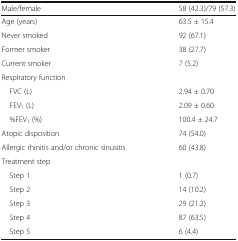
<table><thead><tr><td><b>Male/female</b></td><td><b>58 (42.3)/79 (57.3)</b></td></tr></thead><tbody><tr><td>Age (years)</td><td>63.5 ± 15.4</td></tr><tr><td>Never smoked</td><td>92 (67.1)</td></tr><tr><td>Former smoker</td><td>38 (27.7)</td></tr><tr><td>Current smoker</td><td>7 (5.2)</td></tr><tr><td colspan="2">Respiratory function</td></tr><tr><td> FVC (L)</td><td>2.94 ± 0.70</td></tr><tr><td> FEV<sub>1</sub> (L)</td><td>2.09 ± 0.60</td></tr><tr><td> %FEV<sub>1</sub> (%)</td><td>100.4 ± 24.7</td></tr><tr><td>Atopic disposition</td><td>74 (54.0)</td></tr><tr><td>Allergic rhinitis and/or chronic sinusitis</td><td>60 (43.8)</td></tr><tr><td colspan="2">Treatment step</td></tr><tr><td> Step 1</td><td>1 (0.7)</td></tr><tr><td> Step 2</td><td>14 (10.2)</td></tr><tr><td> Step 3</td><td>29 (21.2)</td></tr><tr><td> Step 4</td><td>87 (63.5)</td></tr><tr><td> Step 5</td><td>6 (4.4)</td></tr></tbody></table>